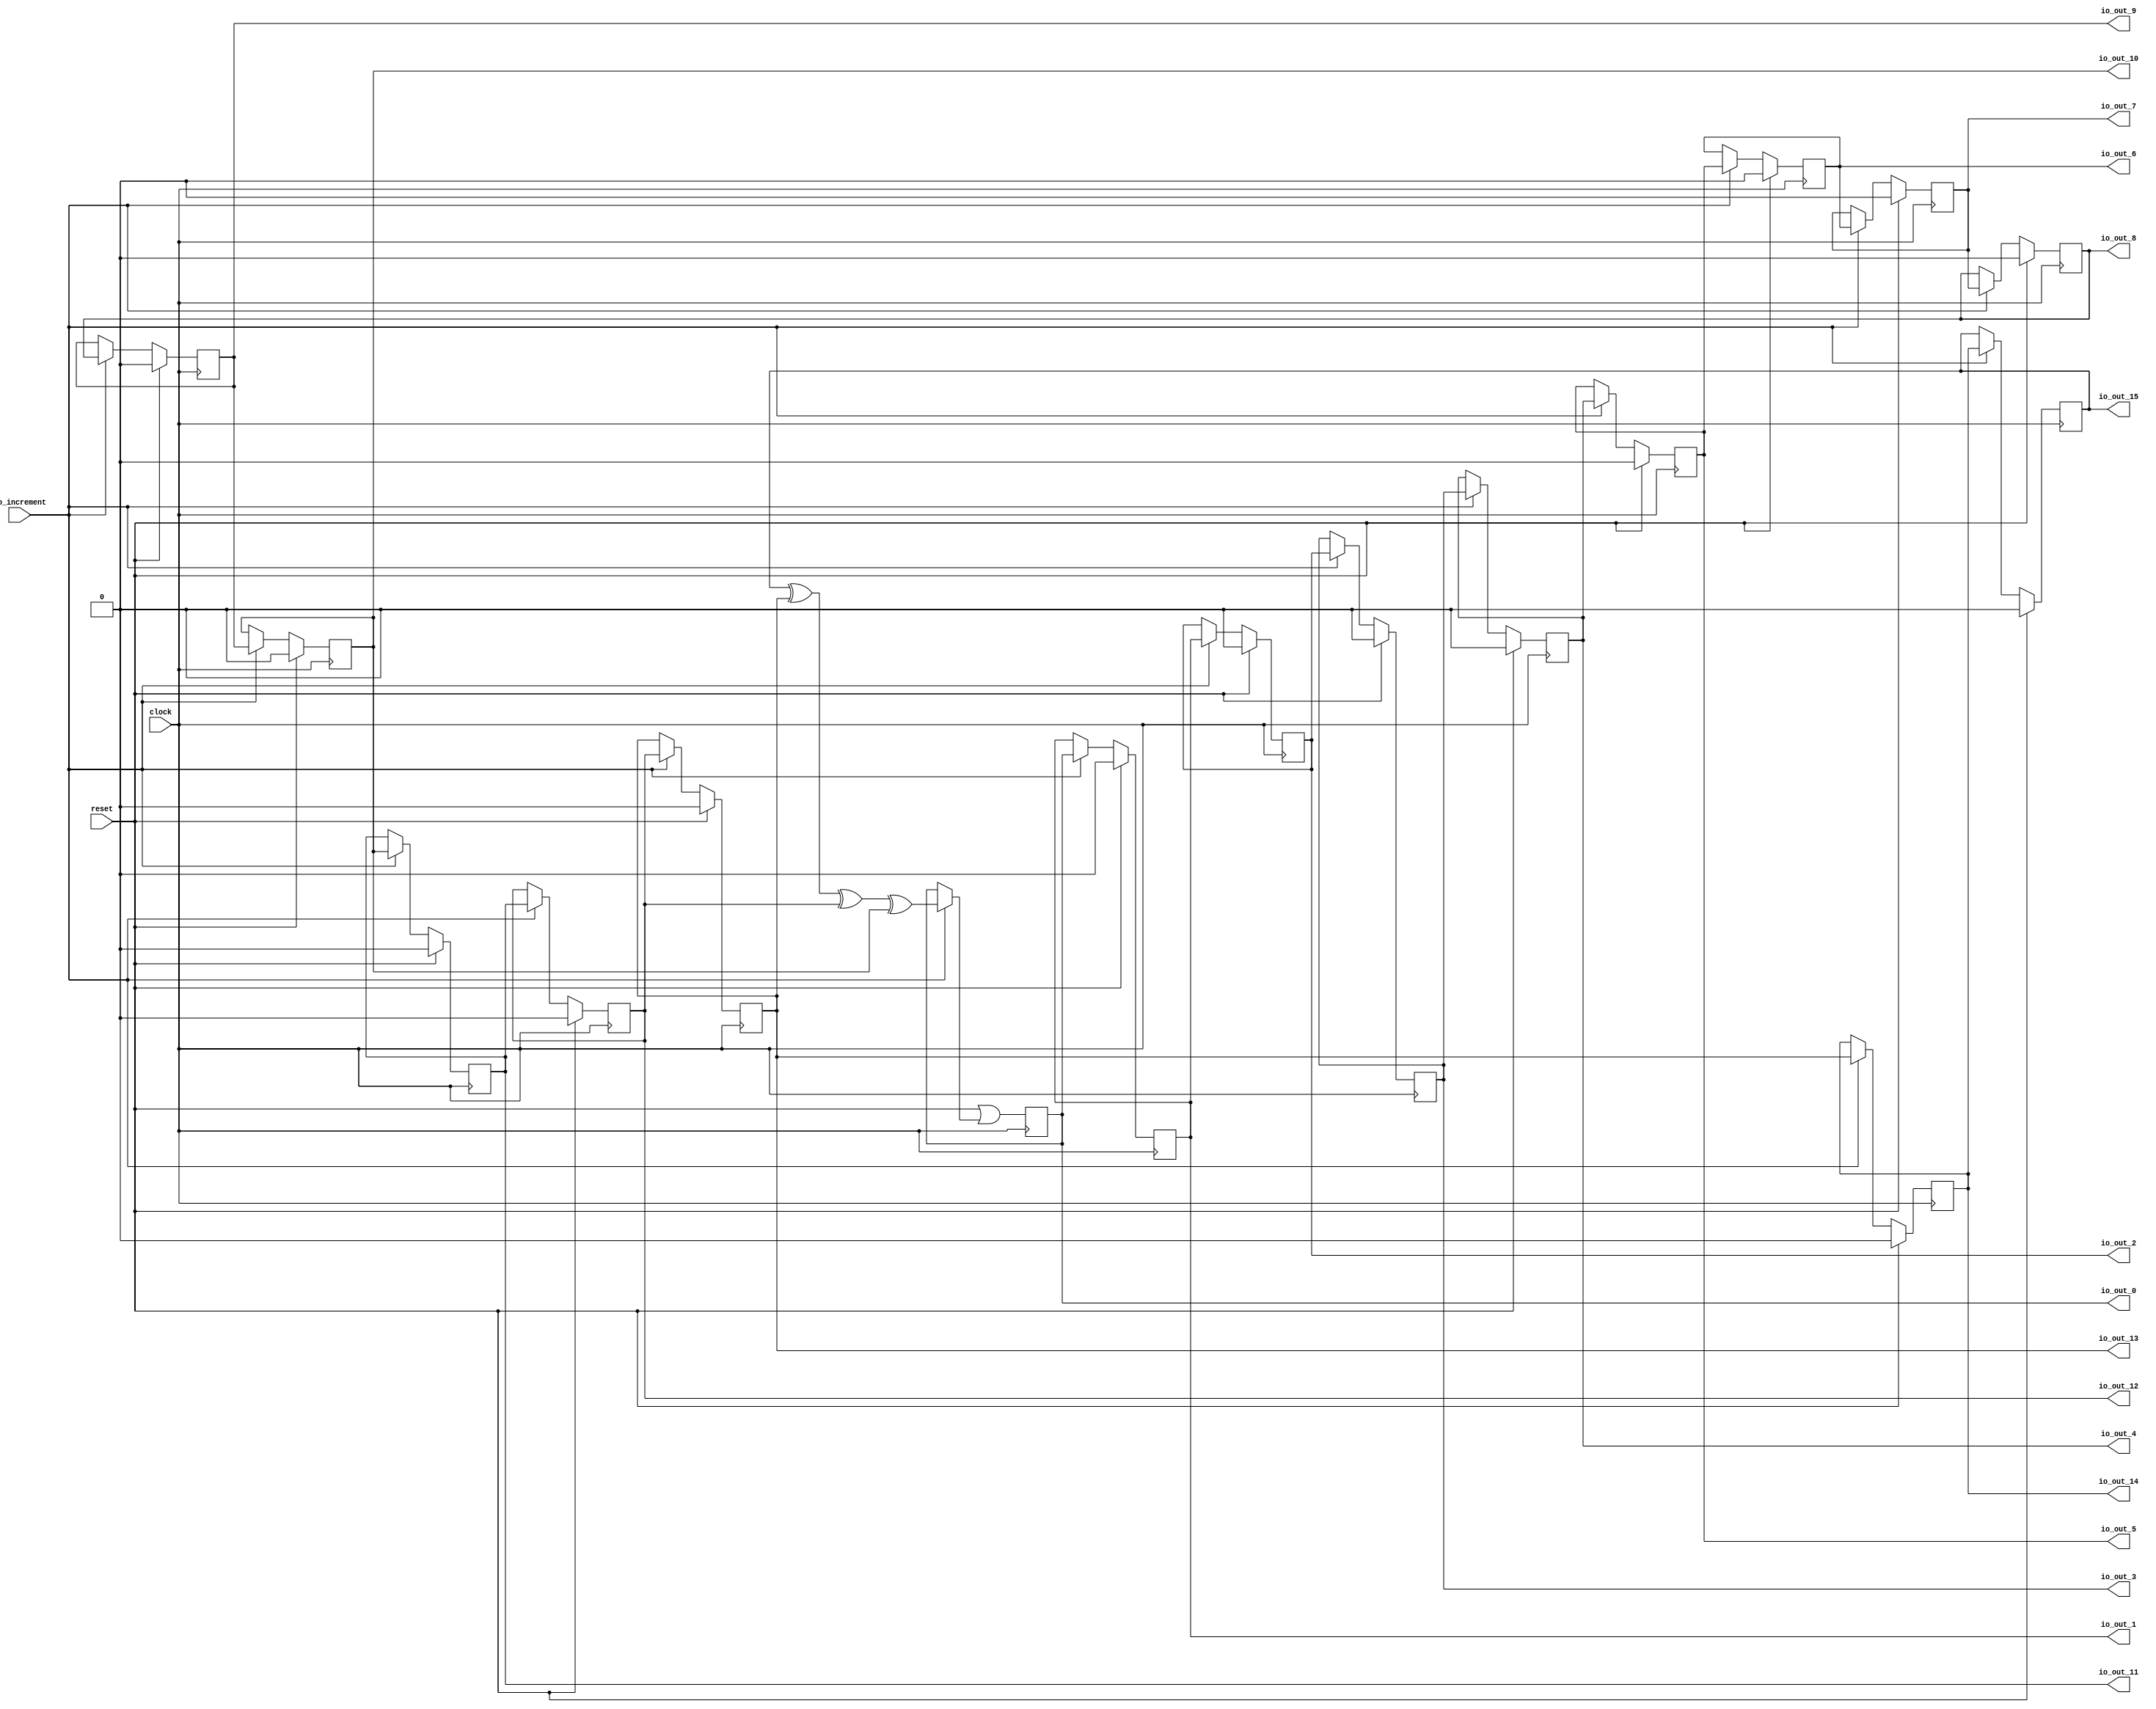
module MaxPeriodFibonacciLFSR(
  input   clock,
  input   reset,
  input   io_increment,
  output  io_out_0,
  output  io_out_1,
  output  io_out_2,
  output  io_out_3,
  output  io_out_4,
  output  io_out_5,
  output  io_out_6,
  output  io_out_7,
  output  io_out_8,
  output  io_out_9,
  output  io_out_10,
  output  io_out_11,
  output  io_out_12,
  output  io_out_13,
  output  io_out_14,
  output  io_out_15
);
`ifdef RANDOMIZE_REG_INIT
  reg [31:0] _RAND_0;
  reg [31:0] _RAND_1;
  reg [31:0] _RAND_2;
  reg [31:0] _RAND_3;
  reg [31:0] _RAND_4;
  reg [31:0] _RAND_5;
  reg [31:0] _RAND_6;
  reg [31:0] _RAND_7;
  reg [31:0] _RAND_8;
  reg [31:0] _RAND_9;
  reg [31:0] _RAND_10;
  reg [31:0] _RAND_11;
  reg [31:0] _RAND_12;
  reg [31:0] _RAND_13;
  reg [31:0] _RAND_14;
  reg [31:0] _RAND_15;
`endif // RANDOMIZE_REG_INIT
  reg  state_0; // @[PRNG.scala 47:50]
  reg  state_1; // @[PRNG.scala 47:50]
  reg  state_2; // @[PRNG.scala 47:50]
  reg  state_3; // @[PRNG.scala 47:50]
  reg  state_4; // @[PRNG.scala 47:50]
  reg  state_5; // @[PRNG.scala 47:50]
  reg  state_6; // @[PRNG.scala 47:50]
  reg  state_7; // @[PRNG.scala 47:50]
  reg  state_8; // @[PRNG.scala 47:50]
  reg  state_9; // @[PRNG.scala 47:50]
  reg  state_10; // @[PRNG.scala 47:50]
  reg  state_11; // @[PRNG.scala 47:50]
  reg  state_12; // @[PRNG.scala 47:50]
  reg  state_13; // @[PRNG.scala 47:50]
  reg  state_14; // @[PRNG.scala 47:50]
  reg  state_15; // @[PRNG.scala 47:50]
  wire  _T_2 = ((state_15 ^ state_13) ^ state_12) ^ state_10; // @[LFSR.scala 15:41]
  wire  _GEN_0 = io_increment ? _T_2 : state_0; // @[PRNG.scala 61:23 PRNG.scala 62:11 PRNG.scala 47:50]
  assign io_out_0 = state_0; // @[PRNG.scala 69:10]
  assign io_out_1 = state_1; // @[PRNG.scala 69:10]
  assign io_out_2 = state_2; // @[PRNG.scala 69:10]
  assign io_out_3 = state_3; // @[PRNG.scala 69:10]
  assign io_out_4 = state_4; // @[PRNG.scala 69:10]
  assign io_out_5 = state_5; // @[PRNG.scala 69:10]
  assign io_out_6 = state_6; // @[PRNG.scala 69:10]
  assign io_out_7 = state_7; // @[PRNG.scala 69:10]
  assign io_out_8 = state_8; // @[PRNG.scala 69:10]
  assign io_out_9 = state_9; // @[PRNG.scala 69:10]
  assign io_out_10 = state_10; // @[PRNG.scala 69:10]
  assign io_out_11 = state_11; // @[PRNG.scala 69:10]
  assign io_out_12 = state_12; // @[PRNG.scala 69:10]
  assign io_out_13 = state_13; // @[PRNG.scala 69:10]
  assign io_out_14 = state_14; // @[PRNG.scala 69:10]
  assign io_out_15 = state_15; // @[PRNG.scala 69:10]
  always @(posedge clock) begin
    state_0 <= reset | _GEN_0; // @[PRNG.scala 47:50 PRNG.scala 47:50]
    if (reset) begin // @[PRNG.scala 47:50]
      state_1 <= 1'h0; // @[PRNG.scala 47:50]
    end else if (io_increment) begin // @[PRNG.scala 61:23]
      state_1 <= state_0; // @[PRNG.scala 62:11]
    end
    if (reset) begin // @[PRNG.scala 47:50]
      state_2 <= 1'h0; // @[PRNG.scala 47:50]
    end else if (io_increment) begin // @[PRNG.scala 61:23]
      state_2 <= state_1; // @[PRNG.scala 62:11]
    end
    if (reset) begin // @[PRNG.scala 47:50]
      state_3 <= 1'h0; // @[PRNG.scala 47:50]
    end else if (io_increment) begin // @[PRNG.scala 61:23]
      state_3 <= state_2; // @[PRNG.scala 62:11]
    end
    if (reset) begin // @[PRNG.scala 47:50]
      state_4 <= 1'h0; // @[PRNG.scala 47:50]
    end else if (io_increment) begin // @[PRNG.scala 61:23]
      state_4 <= state_3; // @[PRNG.scala 62:11]
    end
    if (reset) begin // @[PRNG.scala 47:50]
      state_5 <= 1'h0; // @[PRNG.scala 47:50]
    end else if (io_increment) begin // @[PRNG.scala 61:23]
      state_5 <= state_4; // @[PRNG.scala 62:11]
    end
    if (reset) begin // @[PRNG.scala 47:50]
      state_6 <= 1'h0; // @[PRNG.scala 47:50]
    end else if (io_increment) begin // @[PRNG.scala 61:23]
      state_6 <= state_5; // @[PRNG.scala 62:11]
    end
    if (reset) begin // @[PRNG.scala 47:50]
      state_7 <= 1'h0; // @[PRNG.scala 47:50]
    end else if (io_increment) begin // @[PRNG.scala 61:23]
      state_7 <= state_6; // @[PRNG.scala 62:11]
    end
    if (reset) begin // @[PRNG.scala 47:50]
      state_8 <= 1'h0; // @[PRNG.scala 47:50]
    end else if (io_increment) begin // @[PRNG.scala 61:23]
      state_8 <= state_7; // @[PRNG.scala 62:11]
    end
    if (reset) begin // @[PRNG.scala 47:50]
      state_9 <= 1'h0; // @[PRNG.scala 47:50]
    end else if (io_increment) begin // @[PRNG.scala 61:23]
      state_9 <= state_8; // @[PRNG.scala 62:11]
    end
    if (reset) begin // @[PRNG.scala 47:50]
      state_10 <= 1'h0; // @[PRNG.scala 47:50]
    end else if (io_increment) begin // @[PRNG.scala 61:23]
      state_10 <= state_9; // @[PRNG.scala 62:11]
    end
    if (reset) begin // @[PRNG.scala 47:50]
      state_11 <= 1'h0; // @[PRNG.scala 47:50]
    end else if (io_increment) begin // @[PRNG.scala 61:23]
      state_11 <= state_10; // @[PRNG.scala 62:11]
    end
    if (reset) begin // @[PRNG.scala 47:50]
      state_12 <= 1'h0; // @[PRNG.scala 47:50]
    end else if (io_increment) begin // @[PRNG.scala 61:23]
      state_12 <= state_11; // @[PRNG.scala 62:11]
    end
    if (reset) begin // @[PRNG.scala 47:50]
      state_13 <= 1'h0; // @[PRNG.scala 47:50]
    end else if (io_increment) begin // @[PRNG.scala 61:23]
      state_13 <= state_12; // @[PRNG.scala 62:11]
    end
    if (reset) begin // @[PRNG.scala 47:50]
      state_14 <= 1'h0; // @[PRNG.scala 47:50]
    end else if (io_increment) begin // @[PRNG.scala 61:23]
      state_14 <= state_13; // @[PRNG.scala 62:11]
    end
    if (reset) begin // @[PRNG.scala 47:50]
      state_15 <= 1'h0; // @[PRNG.scala 47:50]
    end else if (io_increment) begin // @[PRNG.scala 61:23]
      state_15 <= state_14; // @[PRNG.scala 62:11]
    end
  end
// Register and memory initialization
`ifdef RANDOMIZE_GARBAGE_ASSIGN
`define RANDOMIZE
`endif
`ifdef RANDOMIZE_INVALID_ASSIGN
`define RANDOMIZE
`endif
`ifdef RANDOMIZE_REG_INIT
`define RANDOMIZE
`endif
`ifdef RANDOMIZE_MEM_INIT
`define RANDOMIZE
`endif
`ifndef RANDOM
`define RANDOM $random
`endif
`ifdef RANDOMIZE_MEM_INIT
  integer initvar;
`endif
`ifndef SYNTHESIS
`ifdef FIRRTL_BEFORE_INITIAL
`FIRRTL_BEFORE_INITIAL
`endif
initial begin
  `ifdef RANDOMIZE
    `ifdef INIT_RANDOM
      `INIT_RANDOM
    `endif
    `ifndef VERILATOR
      `ifdef RANDOMIZE_DELAY
        #`RANDOMIZE_DELAY begin end
      `else
        #0.002 begin end
      `endif
    `endif
`ifdef RANDOMIZE_REG_INIT
  _RAND_0 = {1{`RANDOM}};
  state_0 = _RAND_0[0:0];
  _RAND_1 = {1{`RANDOM}};
  state_1 = _RAND_1[0:0];
  _RAND_2 = {1{`RANDOM}};
  state_2 = _RAND_2[0:0];
  _RAND_3 = {1{`RANDOM}};
  state_3 = _RAND_3[0:0];
  _RAND_4 = {1{`RANDOM}};
  state_4 = _RAND_4[0:0];
  _RAND_5 = {1{`RANDOM}};
  state_5 = _RAND_5[0:0];
  _RAND_6 = {1{`RANDOM}};
  state_6 = _RAND_6[0:0];
  _RAND_7 = {1{`RANDOM}};
  state_7 = _RAND_7[0:0];
  _RAND_8 = {1{`RANDOM}};
  state_8 = _RAND_8[0:0];
  _RAND_9 = {1{`RANDOM}};
  state_9 = _RAND_9[0:0];
  _RAND_10 = {1{`RANDOM}};
  state_10 = _RAND_10[0:0];
  _RAND_11 = {1{`RANDOM}};
  state_11 = _RAND_11[0:0];
  _RAND_12 = {1{`RANDOM}};
  state_12 = _RAND_12[0:0];
  _RAND_13 = {1{`RANDOM}};
  state_13 = _RAND_13[0:0];
  _RAND_14 = {1{`RANDOM}};
  state_14 = _RAND_14[0:0];
  _RAND_15 = {1{`RANDOM}};
  state_15 = _RAND_15[0:0];
`endif // RANDOMIZE_REG_INIT
  `endif // RANDOMIZE
end // initial
`ifdef FIRRTL_AFTER_INITIAL
`FIRRTL_AFTER_INITIAL
`endif
`endif // SYNTHESIS
endmodule